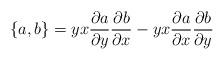
LaTeX: \begin{align*}\{a,b\} = yx \frac{\partial a}{\partial y} \frac{\partial b}{\partial x} - yx\frac{\partial a}{\partial x} \frac{\partial b}{\partial y}\end{align*}